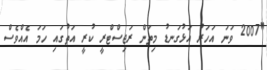
"2007 ވަނަ އަހަރު އަޅުގަނޑު މިތަން ރަޖިސްޓްރީ ކުރީ އަތުގައި ހަަމަ އެއްވެސް